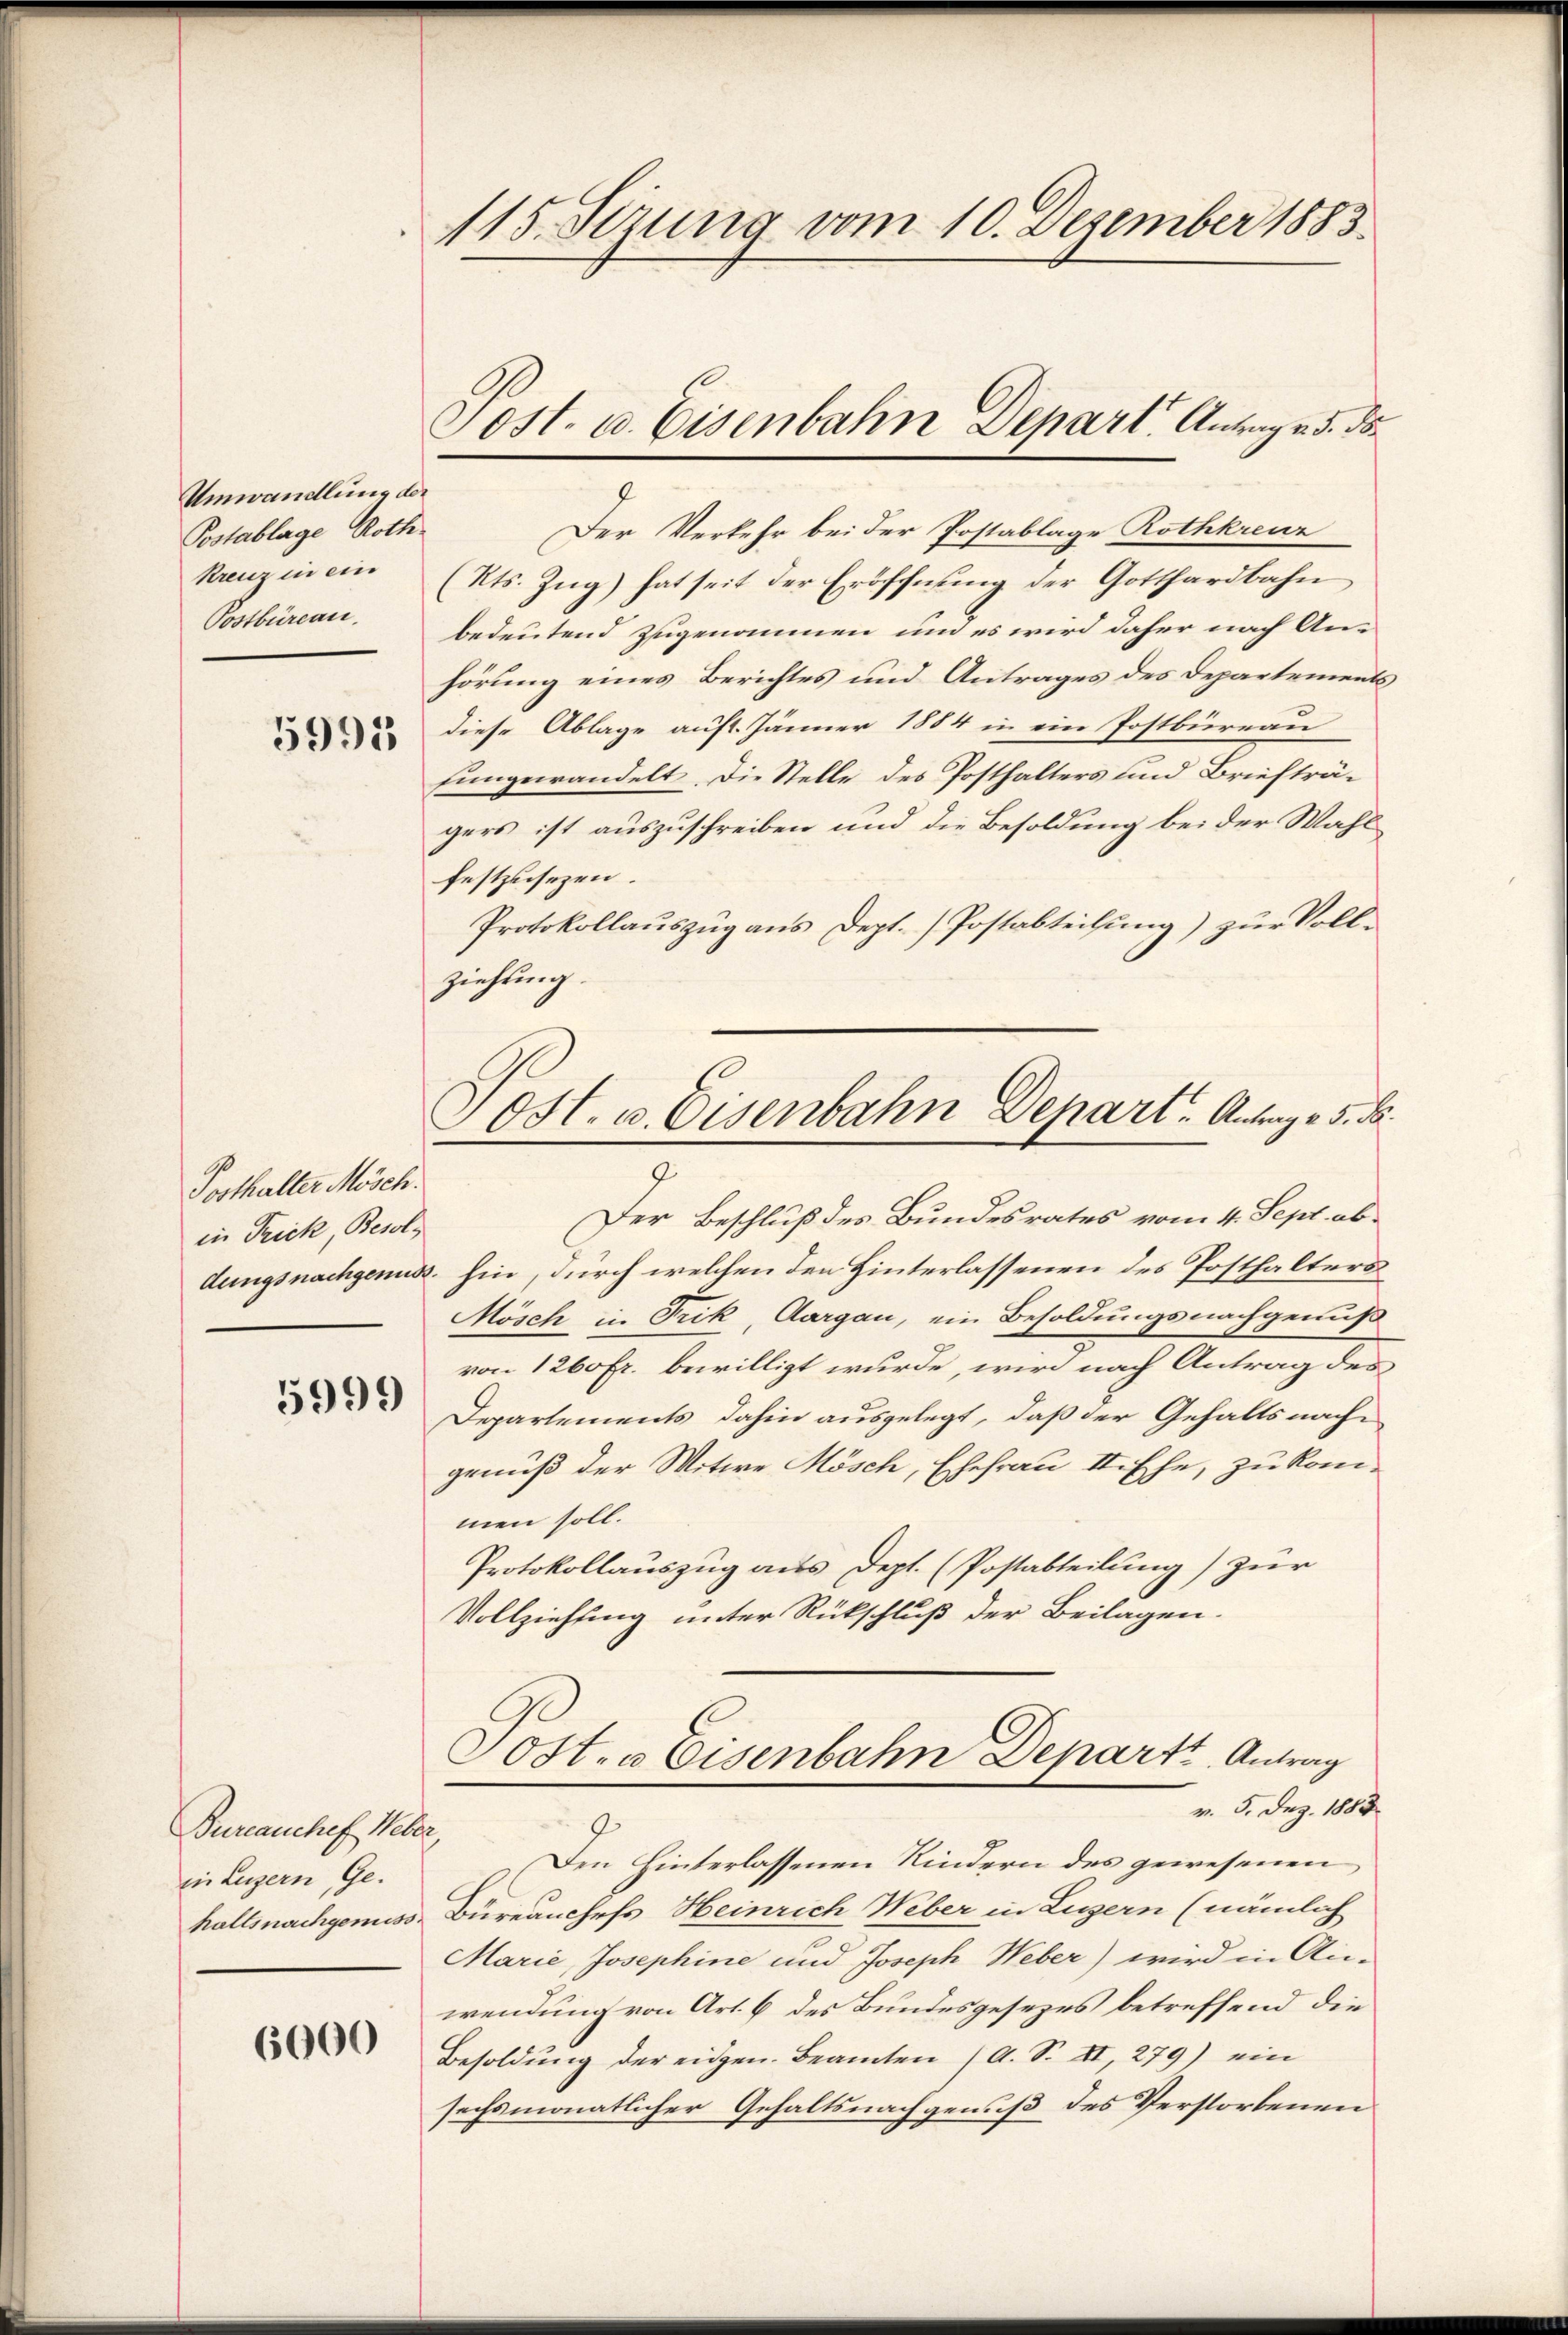
Umwandlung der
Postablage Roth
Kreuz in ein
Postbüreau.

5991

Posthalter Mösch.
in Frick, Besol¬

5999

Bureauchef Weber
in Luzern Ge-

6000

115. Sizung vom 10. Dezember 1883.

Der Verkehr bei der Postablage Rothkreuz
(Kts. Zug) hat seit der Eroschnung der Gotthardbahn
bedeutend zugenommen, um es wird daher nach Anhörung eines Berichtes und Antrages des Departements
diese Ablage auft. Jänner 1884 in ein Postbüreau
fungewandelt. Die Stelle des Posthalters und Briefträgers ist auszuschreiben und die Besoldung bei der Wahl
festzusezen.
Protokollauszug aus Dept. Postabteilung) zur Vollziehung.

Tost. u. Eisenbahn Depart. Antrage 5. ds.
9

Tost. u. Eisenbahn Depart. Antrage 5. d.
9.

Der Beschluß des Bundesrates vom 4. Sept. abdungsnachgenus hin, durch welchen den Hinterlassenen des Posthalters¬
Mösch in Frik, Aargau, ein Besoldungsnachgenuß
von 1200 Fr. bewilligt wurde, wird nach Antrag des
Departements dahin ausgelegt, daß der Gehaltsnachgenuß der Witwe Mösch, Ehefrau II. Ehe, zu kom-
men soll.
Protokollauszug aus Dept. (Postabteilung) zur
Vollziehung unter Rückschluß der Beilagen.

Post. u Eisenbahn Depart. Antrag
v. 5. Dez. 1883

Den hinterlassenen Kindern des gewesenen
haltsnachgenuss Bureauchefs Heinrich Weber in Luzern (nämlich
Marie, Josephine und Joseph Weber) wird in An-
wendung von Art. 6 des Bundesgesezes betreffend die
Besoldŭng der eidgen. Beamten (A. S. II 279) ein
sechsmonatlicher Gehaltsnachgenuß des Verstorbenen